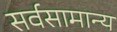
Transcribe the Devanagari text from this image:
सर्वसामान्‍य